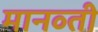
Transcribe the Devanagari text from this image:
मानव्ती